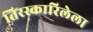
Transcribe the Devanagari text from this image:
तिरस्कारिलेला